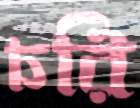
চরি